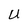
Character: U